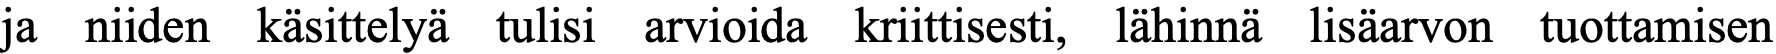
ja niiden käsittelyä tulisi arvioida kriittisesti, lähinnä lisäarvon tuottamisen